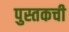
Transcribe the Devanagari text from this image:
पुस्तकची